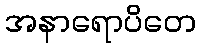
အနာရောပိတေ